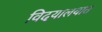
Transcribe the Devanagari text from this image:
विदयालयात